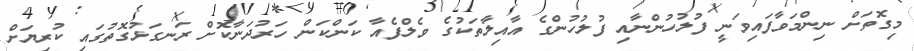
މިގޮތަށް ނިންމަވާފައިވަނީ ފުލުހުންނާއި ފުލުހުންގެ އާއިލާތަކުގެ ވެލްފެއާ ކަންކަން ހަރުދަނާކޮށް ރަނގަޅުގޮތުގައި ކުރިޔަށް